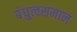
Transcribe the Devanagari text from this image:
बंधुत्वसमान